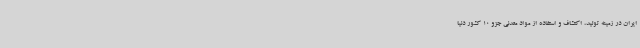
ایران در زمینه تولید، اکتشاف و استفاده از مواد معدنی جزو 10 کشور دنیا